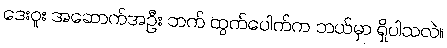
ဒေးဝူး အဆောက်အဦး ဘက် ထွက်ပေါက်က ဘယ်မှာ ရှိပါသလဲ။